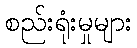
စည်းရုံးမှုများ